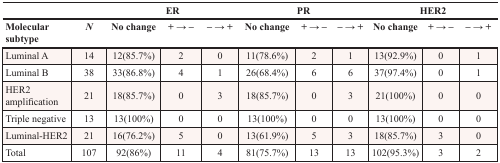
| <COLSPAN=2>  | <COLSPAN=3> ER | <COLSPAN=3> PR | <COLSPAN=3> HER2 |
 | Molecular subtype | N | No change | + → − | − → + | No change | + → − | − → + | No change | + → − | − → + |
 | --- | --- | --- | --- | --- | --- | --- | --- | --- | --- | --- |
 | Luminal A | 14 | 12(85.7%) | 2 | 0 | 11(78.6%) | 2 | 1 | 13(92.9%) | 0 | 1 |
 | Luminal B | 38 | 33(86.8%) | 4 | 1 | 26(68.4%) | 6 | 6 | 37(97.4%) | 0 | 1 |
 | HER2 amplification | 21 | 18(85.7%) | 0 | 3 | 18(85.7%) | 0 | 3 | 21(100%) | 0 | 0 |
 | Triple negative | 13 | 13(100%) | 0 | 0 | 13(100%) | 0 | 0 | 13(100%) | 0 | 0 |
 | Luminal-HER2 | 21 | 16(76.2%) | 5 | 0 | 13(61.9%) | 5 | 3 | 18(85.7%) | 3 | 0 |
 | Total | 107 | 92(86%) | 11 | 4 | 81(75.7%) | 13 | 13 | 102(95.3%) | 3 | 2 |